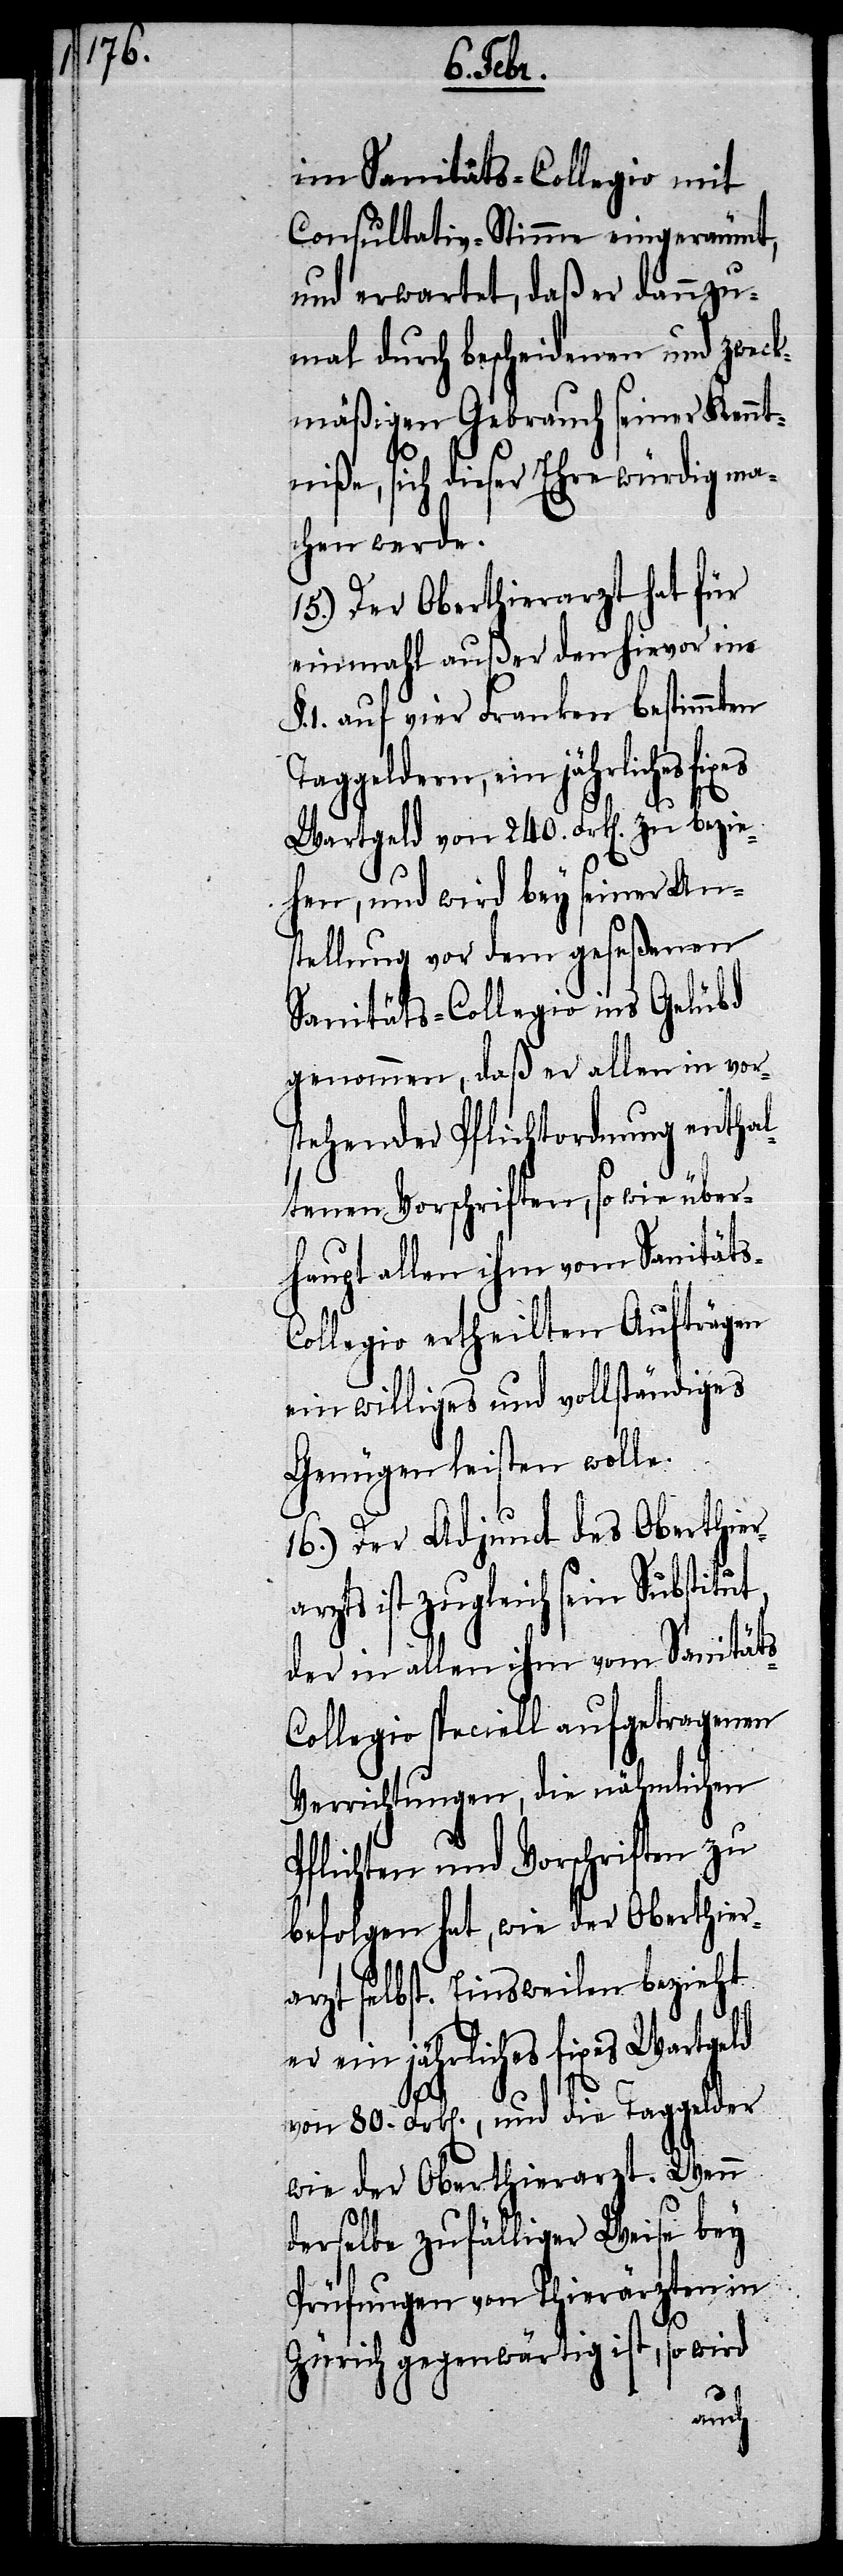
im Sanitäts-Collegio mit
Consultativ-Stimme eingeräumt,
und erwartet, daß er dannzu¬
mal durch bescheidenen und zweck¬
mäßigen Gebrauch seiner Kenntn¬
iße, sich dieser Ehre würdig ma¬
chen werde.
15.) Der Oberthierarzt hat für
einmahl außer den hievor im
1. auf vier Franken bestimmten
geldern, ein jährliches
Wartgeld von 240. Frk[en]. zu bezie¬
hen, und wird bey seiner Ans¬
tellung vor dem geseßenen
Sanitäts-Collegio ins Gelübd
genommen, daß er allen in vor¬
stehender Pflichtordnung enthal¬
tenen Vorschriften, so wie über¬
haupt allen ihm vom Sanitäts-C¬
ollegio ertheilten Aufträgen
ein williges und vollständiges
Genügen leisten wolle.
16.) Der Adjunct des Oberthier¬
arzts ist zugleich sein Substitut,
der in allen ihm vom Sanität¬
ollegio speciell aufgetragenen
Verrichtungen, die nähmlichen
Pflichten und Vorschriften zu
befolgen hat, wie der Oberthier¬
arzt selbst. Einsweilen bezieht
er ein jährliches fixes Wartgeld
von 80. Frk[en]., und die Taggelder
wie der Oberthierarzt. Wenn
derselbe zufälliger Weise bey
Prüfungen von Thierärzten in
Zürich gegenwärtig ist, so wird
s-C¬